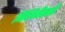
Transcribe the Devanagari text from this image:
निश्चितीसाठी